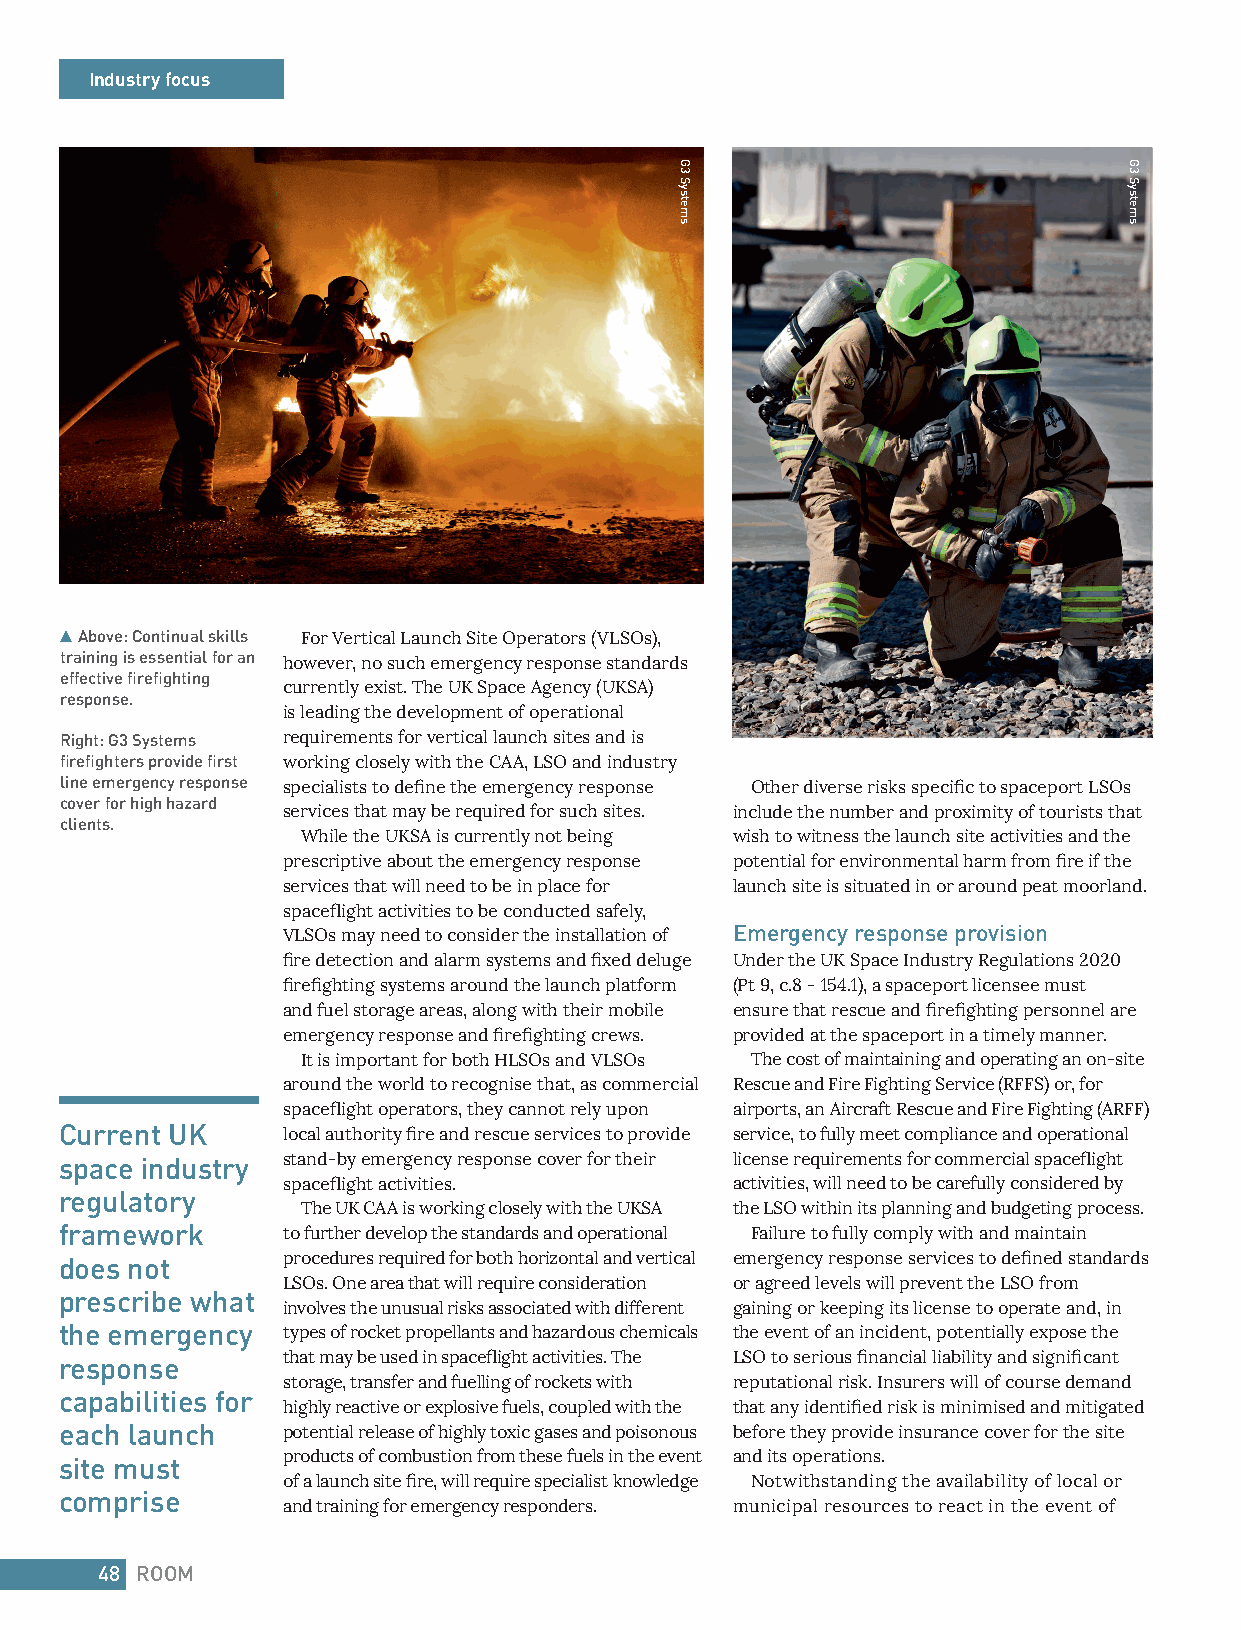
Industry focus
 Above: Continual skills For Vertical Launch Site Operators (VLSOs),
 training is essential for an however, no such emergency response standards
 effective firefighting
 currently exist. The UK Space Agency (UKSA)
 response.
 is leading the development of operational
 Right: G3 Systems requirements for vertical launch sites and is
 firefighters provide first working closely with the CAA, LSO and industry
 line emergency response specialists to define the emergency response Other diverse risks specific to spaceport LSOs
 cover for high hazard
 services that may be required for such sites. include the number and proximity of tourists that
 clients.
 While the UKSA is currently not being wish to witness the launch site activities and the
 prescriptive about the emergency response potential for environmental harm from fire if the
 services that will need to be in place for launch site is situated in or around peat moorland.
 spaceflight activities to be conducted safely,
 VLSOs may need to consider the installation of Emergency response provision
 fire detection and alarm systems and fixed deluge Under the UK Space Industry Regulations 2020
 firefighting systems around the launch platform (Pt 9, c.8 - 154.1), a spaceport licensee must
 and fuel storage areas, along with their mobile ensure that rescue and firefighting personnel are
 emergency response and firefighting crews. provided at the spaceport in a timely manner.
 It is important for both HLSOs and VLSOs The cost of maintaining and operating an on-site
 around the world to recognise that, as commercial Rescue and Fire Fighting Service (RFFS) or, for
 spaceflight operators, they cannot rely upon airports, an Aircraft Rescue and Fire Fighting (ARFF)
 Current UK     local authority fire and rescue services to provide service, to fully meet compliance and operational
 space industry stand-by emergency response cover for their license requirements for commercial spaceflight
 spaceflight activities.      activities, will need to be carefully considered by
 regulatory
 The UK CAA is working closely with the UKSA the LSO within its planning and budgeting process.
 framework      to further develop the standards and operational Failure to fully comply with and maintain
 does not       procedures required for both horizontal and vertical emergency response services to defined standards
 LSOs. One area that will require consideration or agreed levels will prevent the LSO from
 prescribe what
 involves the unusual risks associated with different gaining or keeping its license to operate and, in
 the emergency  types of rocket propellants and hazardous chemicals the event of an incident, potentially expose the
 response       that may be used in spaceflight activities. The LSO to serious financial liability and significant
 storage, transfer and fuelling of rockets with reputational risk. Insurers will of course demand
 capabilities for
 highly reactive or explosive fuels, coupled with the that any identified risk is minimised and mitigated
 each launch    potential release of highly toxic gases and poisonous before they provide insurance cover for the site
 products of combustion from these fuels in the event and its operations.
 site must
 of a launch site fire, will require specialist knowledge Notwithstanding the availability of local or
 comprise
 and training for emergency responders. municipal resources to react in the event of
 48 ROOM
 G3
 Systems
 G3
 Systems